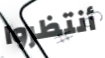
أنتظروا